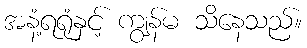
အနံ့ရရုံနှင့် ကျွန်မ သိနေသည်။